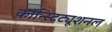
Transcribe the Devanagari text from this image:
कॉन्स्टिट्यूशनल